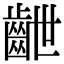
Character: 齛